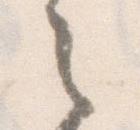
之